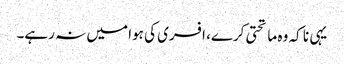
یہی نا کہ وہ ماتحتی کرے، افسری کی ہوا میں نہ رہے۔